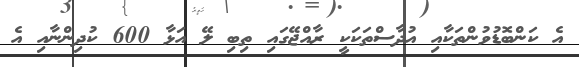
އެ ކަންބޮޑުވުންތަކާއި އުދާސްތަކަކީ ރާއްޖޭގައި ތިބި ލޭ އަޅާ 600 ކުދިންނާއި އެ